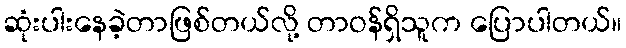
ဆုံးပါးနေခဲ့တာဖြစ်တယ်လို့ တာဝန်ရှိသူက ပြောပါတယ်။